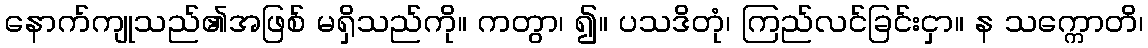
နောက်ကျုသည်၏အဖြစ် မရှိသည်ကို။ ကတွာ၊ ၍။ ပသဒိတုံ၊ ကြည်လင်ခြင်းငှာ။ န သက္ကောတိ၊